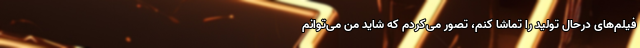
فیلم‌های درحال تولید را تماشا کنم، تصور می‌کردم که شاید من می‌توانم